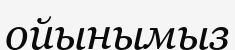
ойынымыз